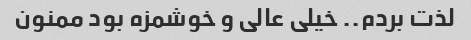
لذت بردم.. خیلی عالی و خوشمزه بود ممنون